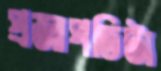
প্রজাপতিটা